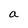
Character: a